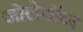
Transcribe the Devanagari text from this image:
जोलेयॉन